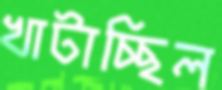
খাটাচ্ছিল